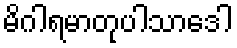
မိဂါရမာတုပါသာဒေါ